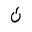
Letter: _non